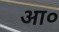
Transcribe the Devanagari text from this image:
आ०